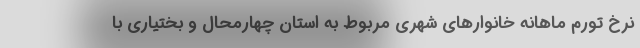
نرخ تورم ماهانه خانوارهای شهری مربوط به استان چهارمحال و بختیاری با